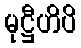
မုဋ္ဌီဟိပိ